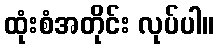
ထုံးစံအတိုင်း လုပ်ပါ။